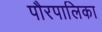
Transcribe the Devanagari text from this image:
पौरपालिका